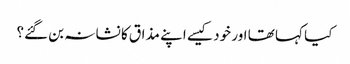
کیا کہا تھا اور خود کیسے اپنے مذاق کا نشانہ بن گئے؟